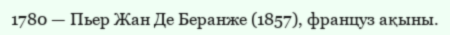
1780 — Пьер Жан Де Беранже (1857), француз ақыны.